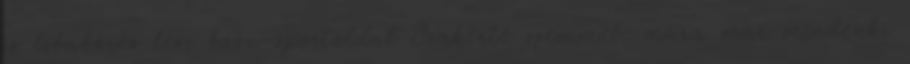
is libabőrös lesz boon-sportoldal Szakértő szemmel: mára már mindenki